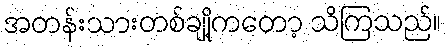
အတန်းသားတစ်ချို့ကတော့ သိကြသည်။